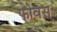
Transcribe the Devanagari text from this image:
फोवस